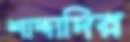
শাদ্দাদির